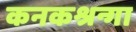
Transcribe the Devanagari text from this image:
कनकश्रन्गा